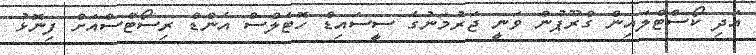
އަދި ކޯސްޓްލައިން ގްރޫޕުން ވަނީ ޖަރުމަނުގެ ސީސައިޑް ހޮޓެލްސް އެންޑް ރިސޯޓްސްއަށް ފިނޮޅު